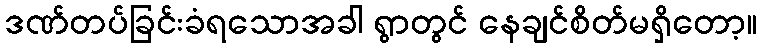
ဒဏ်တပ်ခြင်းခံရသောအခါ ရွာတွင် နေချင်စိတ်မရှိတော့။